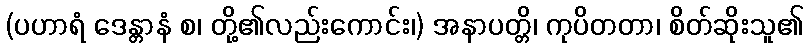
(ပဟာရံ ဒေန္တာနံ စ၊ တို့၏လည်းကောင်း၊) အနာပတ္တိ၊ ကုပိတတာ၊ စိတ်ဆိုးသူ၏